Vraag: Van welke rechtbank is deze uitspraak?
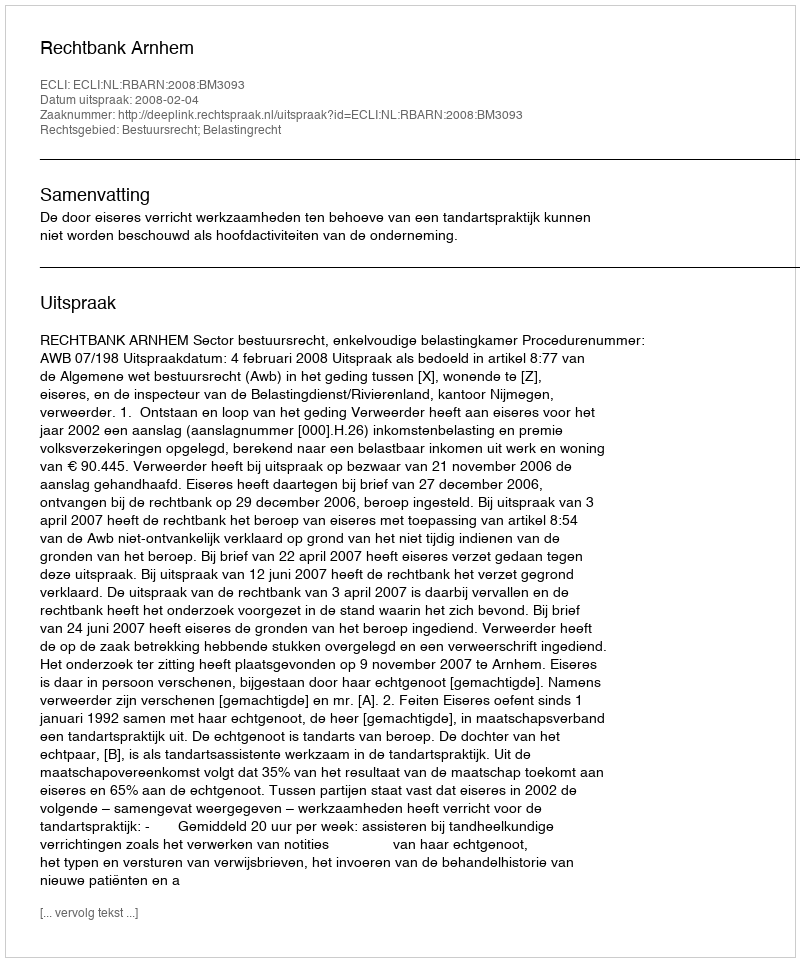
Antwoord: Rechtbank Arnhem